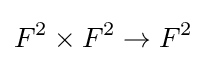
F^{2}\times F^{2}\to F^{2}